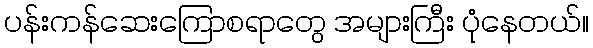
ပန်းကန်ဆေးကြောစရာတွေ အများကြီး ပုံနေတယ်။